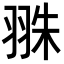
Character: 𦐣